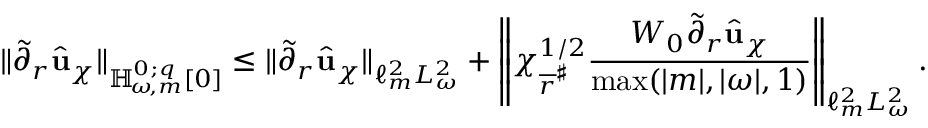
\lVert \widetilde { \partial } _ { r } \widehat { \mathbf { u } } _ { \chi } \rVert _ { { \mathbb { H } _ { \! \omega \! , m } ^ { 0 ; { q } } } [ 0 ] } \leq \lVert \widetilde { \partial } _ { r } \widehat { \mathbf { u } } _ { \chi } \rVert _ { \ell _ { m } ^ { 2 } L _ { \omega } ^ { 2 } } + \left\lVert \chi _ { \overline { { r } } ^ { \sharp } } ^ { 1 / 2 } \frac { W _ { 0 } \widetilde { \partial } _ { r } \widehat { \mathbf { u } } _ { \chi } } { \operatorname* { m a x } ( | m | , | \omega | , 1 ) } \right\rVert _ { \ell _ { m } ^ { 2 } L _ { \omega } ^ { 2 } } .